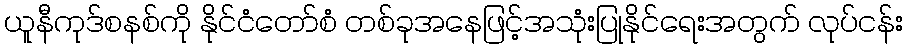
ယူနီကုဒ်စနစ်ကို နိုင်ငံတော်စံ တစ်ခုအနေဖြင့်အသုံးပြုနိုင်ရေးအတွက် လုပ်ငန်း